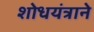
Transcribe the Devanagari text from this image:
शोधयंत्राने